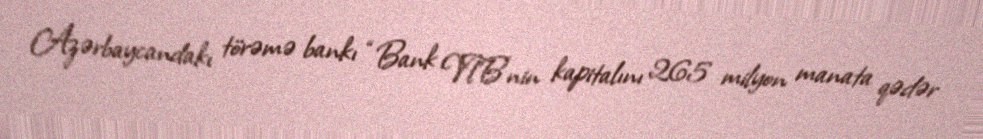
Azərbaycandakı törəmə bankı “Bank VTB”nin kapitalını 265 milyon manata qədər